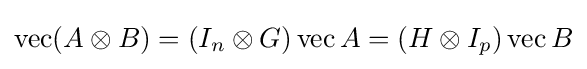
\operatorname {vec} (A\otimes B)=(I_{n}\otimes G)\operatorname {vec} A=(H\otimes I_{p})\operatorname {vec} B